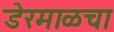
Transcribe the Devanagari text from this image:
डेरमाळचा